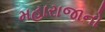
મહારાજાનો